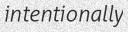
intentionally